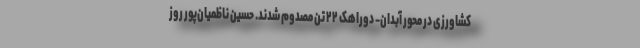
کشاورزی در محور آبدان- دوراهک ۲۲ تن مصدوم شدند. حسین ناظمیان‌پور روز